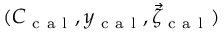
( C _ { \mathrm { ~ c ~ a ~ l ~ } } , y _ { \mathrm { ~ c ~ a ~ l ~ } } , \vec { \zeta } _ { \mathrm { ~ c ~ a ~ l ~ } } )